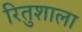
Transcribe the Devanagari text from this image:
रितुशाला